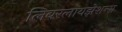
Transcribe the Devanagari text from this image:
लिबरलायझेशन्स